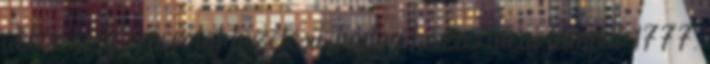
akkor még repceolaj tüzelésű, bádog házas utcai lámpát 1777.